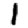
Digit: 1